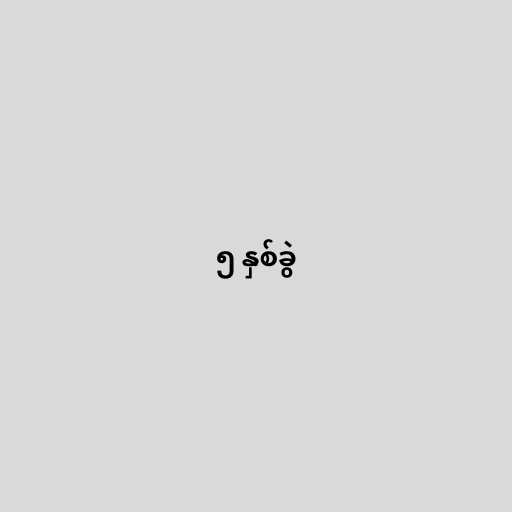
၅ နှစ်ခွဲ